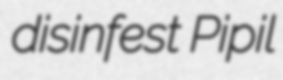
disinfest Pipil